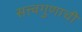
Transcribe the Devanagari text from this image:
सत्त्वगुणाची